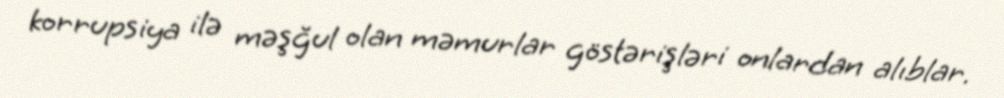
korrupsiya ilə məşğul olan məmurlar göstərişləri onlardan alıblar.